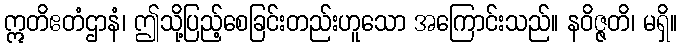
ဣတိဧတံဌာနံ၊ ဤသို့ပြည့်စေခြင်းတည်းဟူသော အကြောင်းသည်။ နဝိဇ္ဇတိ၊ မရှိ။